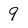
Character: 9